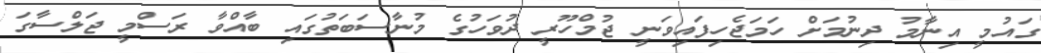
ގައުމީ އިނާމު ދިނުމަށް ހަމަޖެހިފައިވަނީ ޖުމްހޫރީ ދުވަހުގެ މުނާސަބަތުގައި ބާއްވާ ރަސްމީ ޖަލްސާގަ